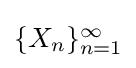
{\textstyle \{X_{n}\}_{n=1}^{\infty }}